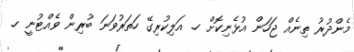
މެންދުރު ތިނެއް ޖަހަން އުޅެނިކޮށް ހ. އަލިކުރިގޭ ހަތަރުވަނަ ބުރިން ވެއްޓުނީ ހ.